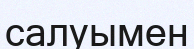
салуымен